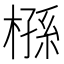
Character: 槂